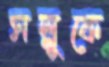
সল্লুকে